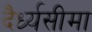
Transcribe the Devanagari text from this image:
दैर्ध्यसीमा